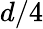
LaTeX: d/4